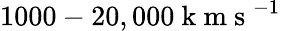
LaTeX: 1000-20,000\mathrm{~k~m~s~}^{-1}